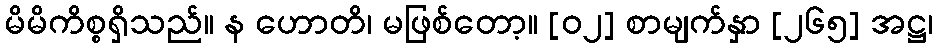
မိမိကိစ္စရှိသည်။ န ဟောတိ၊ မဖြစ်တော့။ [၀၂] စာမျက်နှာ [၂၆၅] အဋ္ဌ၊